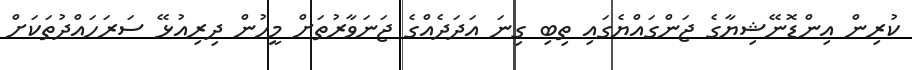
ކުރިން އިންޑޮނޭޝިޔާގެ ޖަންގައްޔެގައި ތިބި ގިނަ އަދަދެއްގެ ޖަނަވާރުތަށް މީހުން ދިރިއުޅޭ ސަރަހައްދުތަކަށް